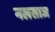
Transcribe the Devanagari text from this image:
नलसाज